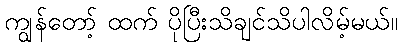
ကျွန်တော့် ထက် ပိုပြီးသိချင်သိပါလိမ့်မယ်။